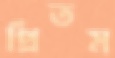
প্রিতম